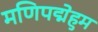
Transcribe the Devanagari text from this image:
मणिपद्मेहुम